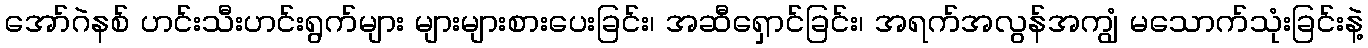
အော်ဂဲနစ် ဟင်းသီးဟင်းရွက်များ များများစားပေးခြင်း၊ အဆီရှောင်ခြင်း၊ အရက်အလွန်အကျွံ မသောက်သုံးခြင်းနဲ့